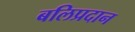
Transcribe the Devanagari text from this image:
बलिप्रदान